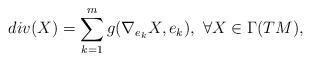
LaTeX: \begin{align*}div(X) = \sum_{k=1}^{m} g(\nabla_{e_k} X, e_k), ~\forall X\in \Gamma(TM),\end{align*}